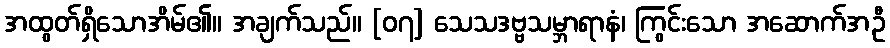
အထွတ်ရှိသောအိမ်၏။ အချက်သည်။ [၀၇] သေသဒဗ္ဗသမ္ဘာရာနံ၊ ကြွင်းသော အဆောက်အဦ